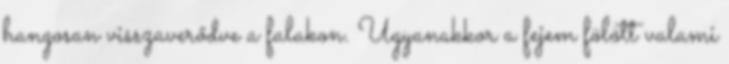
hangosan visszaverődve a falakon. Ugyanakkor a fejem fölött valami